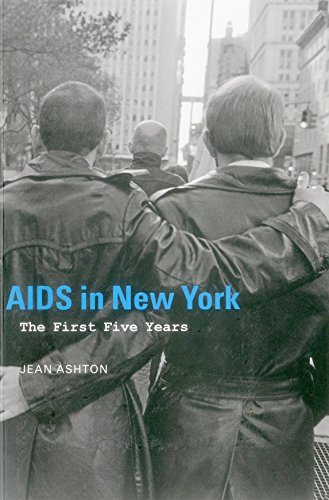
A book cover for AIDS in New York: The First Five Years; Jean Ashton; Health, Fitness & Dieting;